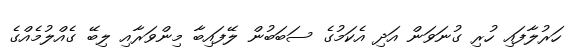
ހަރުލާފައި ހުރި ގުނަވަން އަދި އެކަމުގެ ސަބަބުން ލޭފައިބާ މިންވަރާއި ލިބޭ ގެއްލުމެއްގެ